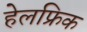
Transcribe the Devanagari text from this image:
हेलफ्रिक